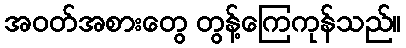
အဝတ်အစားတွေ တွန့်ကြေကုန်သည်။